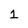
Character: 1